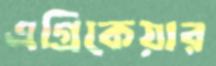
এগ্রিকেয়ার